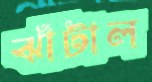
ঝাঁটাল